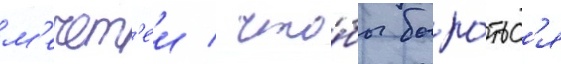
м'ечет'еи / что́бы боро́тьс'я